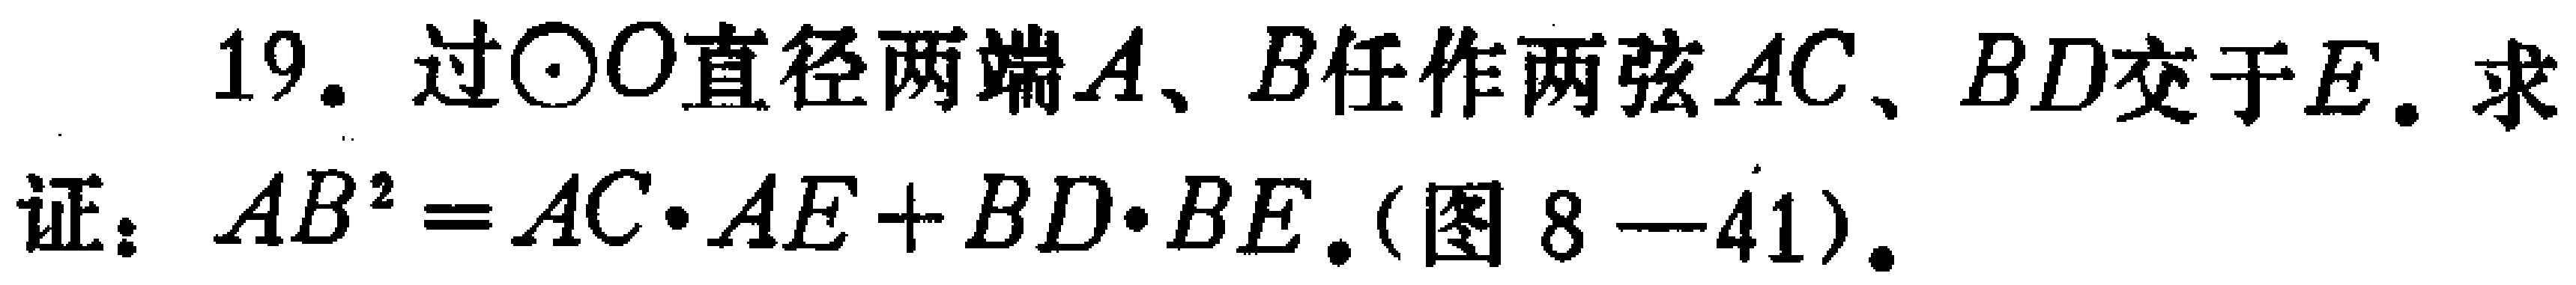
19. 过$\odot O$直径两端$A$、$B$任作两弦$AC$、$BD$交于$E$. 求

证：$AB^{2}=AC\cdot AE + BD\cdot BE$. (图8—41).